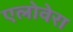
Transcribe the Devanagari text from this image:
एलोवेरा